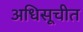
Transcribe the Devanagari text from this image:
अधिसूचीत